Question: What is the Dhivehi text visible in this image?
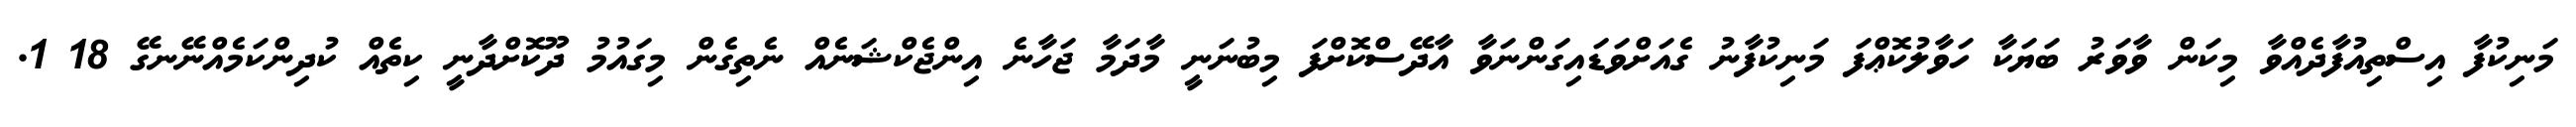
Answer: މަނިކުފާ އިސްތިއުފާދެއްވާ މިކަން ވާވަރު ބަޔަކާ ހަވާލުކޮޢްފަ މަނިކުފާނު ގެއަށްވަޑައިގަންނަވާ އާދޭސްކޮށްފަ މިބުނަނީ މާދަމާ ޖަހާނެ އިންޖެކްޝަނެއް ނެތިގެން މިގައުމު ދޫކޮށްދާނީ ކިތެއް ކުދިންކަމެއްނޭނގޭ 18 1.